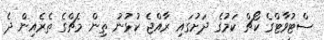
ސްޓުވާޓްގެ ކޯޗް ކަމުގެ ދަށުގައި ރާއްޖެ ކުޅުނު ތިން މެޗްގެ ތެރެއިން ދެ